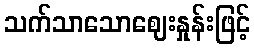
သက်သာသောဈေးနှုန်းဖြင့်